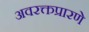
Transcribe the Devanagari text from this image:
अवरक्तप्रारणे